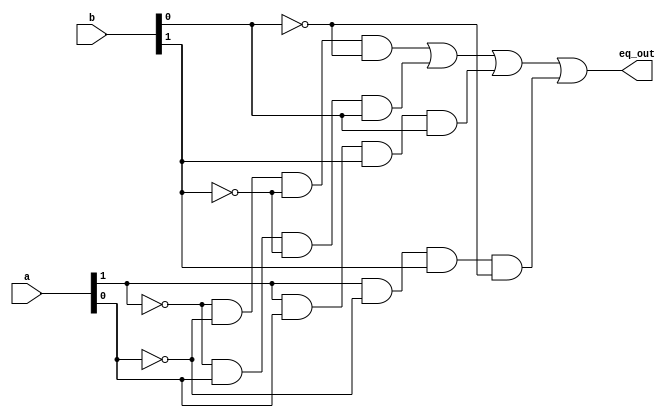
`timescale 1ns / 1ps
//////////////////////////////////////////////////////////////////////////////////
// Company: 
// Engineer: 
// 
// Design Name: 
// Module Name: twoBitEqual
// Project Name: 
// Target Devices: 
// Tool Versions: 
// Description: 
// 
// Dependencies: 
// 
// Revision:
// Revision 0.01 - File Created
// Additional Comments:
// 
//////////////////////////////////////////////////////////////////////////////////


module twoBitEqual(
    input [1:0] a,
    input [1:0] b,
    output eq_out
    );

    assign eq_out = (~a[1] & ~a[0] & ~b[1] & ~b[0]) | (~a[1] & a[0] & ~b[1] & b[0]) | (a[1] & a[0] & b[1] & b[0]) | (a[1] & ~a[0] & b[1] & ~b[0]);

endmodule